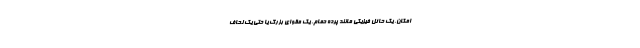
امکان، یک حائل فیزیکی مانند پرده حمام، یک مقوای بزرگ یا حتی یک لحاف